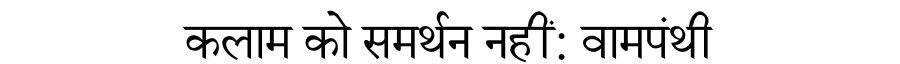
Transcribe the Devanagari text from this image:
कलाम को समर्थन नहीं: वामपंथी